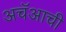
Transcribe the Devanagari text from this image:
अचॅआची